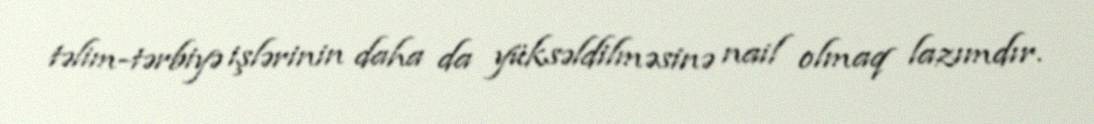
təlim-tərbiyə işlərinin daha da yüksəldilməsinə nail olmaq lazımdır.